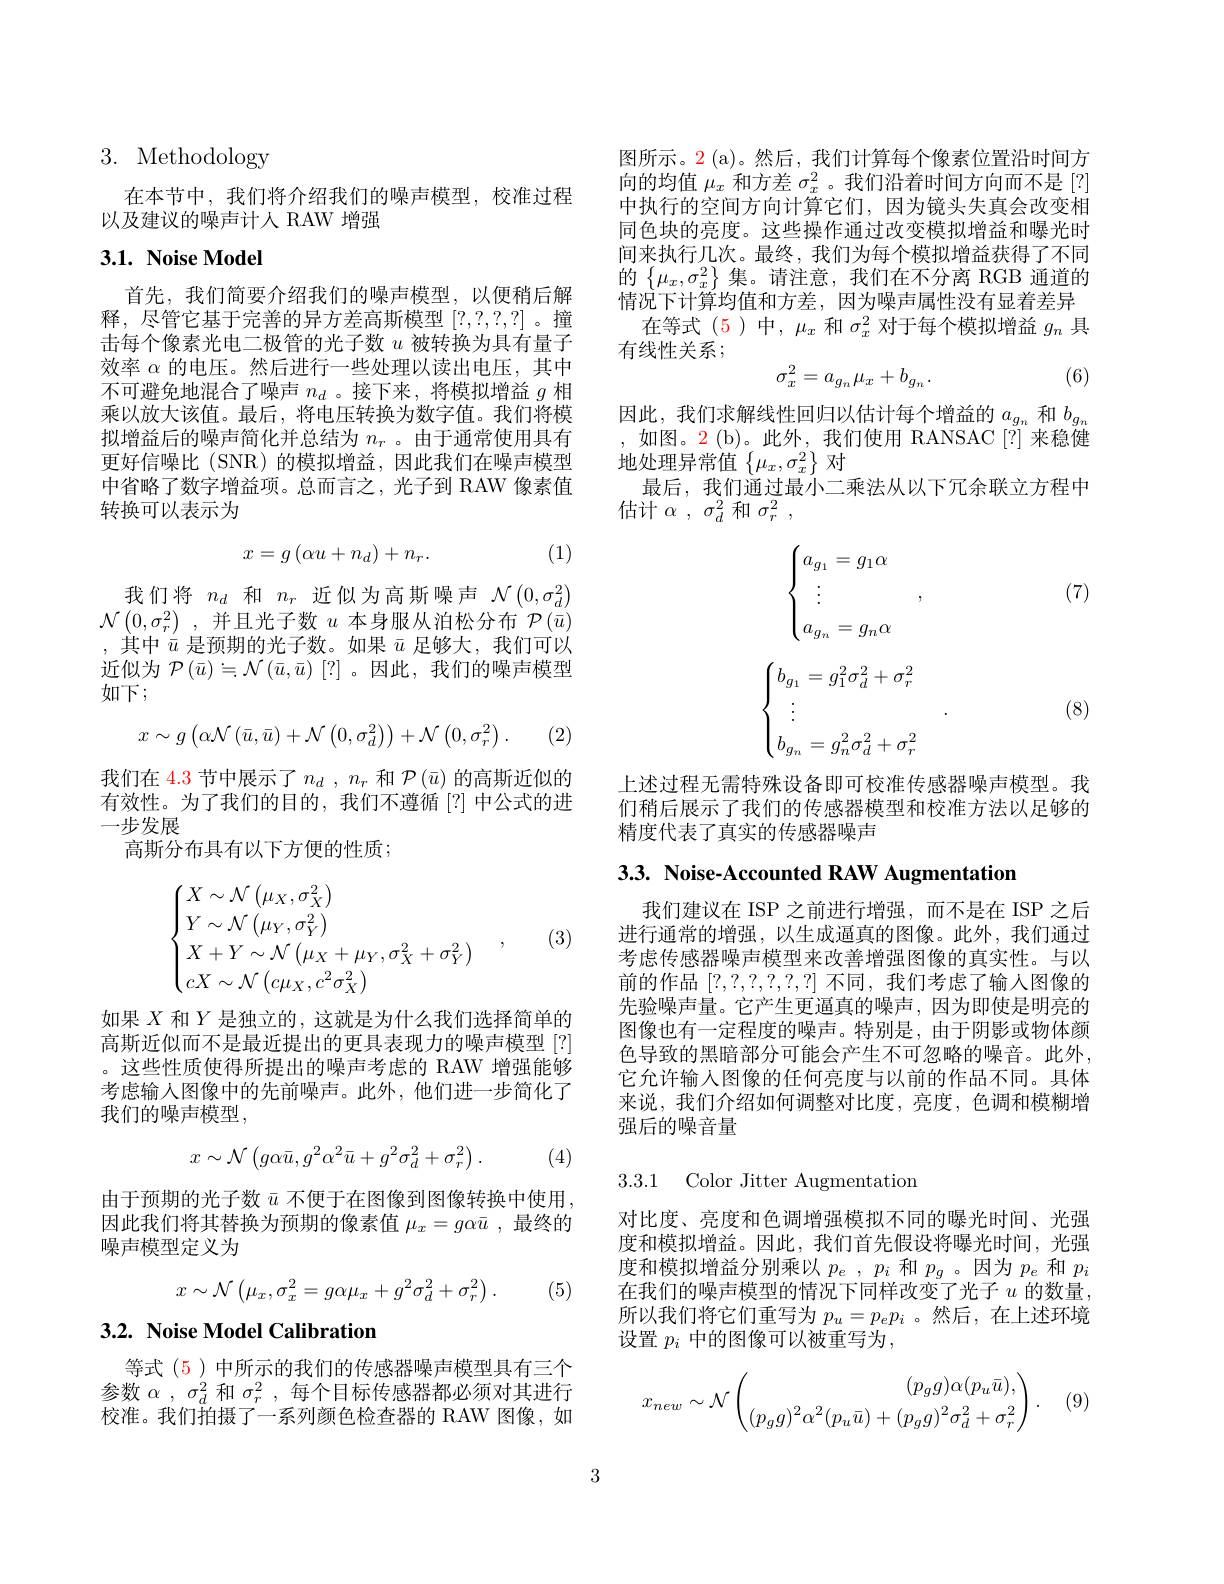
# 3. Methodology

在本节中，我们将介绍我们的噪声模型，校准过程
以及建议的噪声计人 RAW 增强

## 3.1. Noise Model

首先，我们简要介绍我们的噪声模型，以便稍后解释，尽管它基于完善的异方差高斯模型[?,?,?,?] 。撞击每个像素光电二极管的光子数$u$被转换为具有量子效率$\alpha$的电压。然后进行一些处理以读出电压，其中不可避免地混合了噪声$n_d$ 。接下来，将模拟增益$g$相乘以放大该值。最后，将电压转换为数字值。我们将模拟增益后的噪声简化并总结为$n_r$ 。由于通常使用具有更好信噪比 (SNR)的模拟增益，因此我们在噪声模型中省略了数字增益项。总而言之，光子到 RAW 像素值转换可以表示为

(1)
$$x=g\left(\alpha u+n_d\right)+n_r.$$
$\begin{array}{cc}\text{我们将}&n_d&\text{和}&n_r&\text{近似为高斯噪声}&\mathcal{N}\left(0,\sigma_d^2\right)\\\mathcal{N}\left(0,\sigma_r^2\right)&,&\text{并且光子数}u\text{ 本身服从泊松分布}&\mathcal{P}\left(\bar{u}\right)\end{array}$ ,其中$\bar{u}$是预期的光子数。如果$\bar{u}$足够大，我们可以近似为$\mathcal{P}\left(\bar{u}\right)\doteq\mathcal{N}\left(\bar{u},\bar{u}\right)\left[?\right]$。因此，我们的噪声模型如下；
$$x\sim g\left(\alpha\mathcal{N}\left(\bar{u},\bar{u}\right)+\mathcal{N}\left(0,\sigma_d^2\right)\right)+\mathcal{N}\left(0,\sigma_r^2\right).$$
(2)

我们在 4.3 节中展示了$n_d~,~n_r~$和$\mathcal{P}\left(\bar{u}\right)$的高斯近似的有效性。为了我们的目的，我们不遵循[?]中公式的进一步发展
高斯分布具有以下方便的性质；
$$\begin{cases}X\sim\mathcal{N}\left(\mu_X,\sigma_X^2\right)\\Y\sim\mathcal{N}\left(\mu_Y,\sigma_Y^2\right)\\X+Y\sim\mathcal{N}\left(\mu_X+\mu_Y,\sigma_X^2+\sigma_Y^2\right)\\cX\sim\mathcal{N}\left(c\mu_X,c^2\sigma_X^2\right)\end{cases},$$
(3)

如果$X$和$Y$是独立的，这就是为什么我们选择简单的高斯近似而不是最近提出的更具表现力的噪声模型[?] 。这些性质使得所提出的噪声考虑的 RAW 增强能够考虑输入图像中的先前噪声。此外，他们进一步简化了我们的噪声模型，

(4)
$$x\sim\mathcal{N}\left(g\alpha\bar{u},g^2\alpha^2\bar{u}+g^2\sigma_d^2+\sigma_r^2\right).$$
由于预期的光子数$\bar{u}$不便于在图像到图像转换中使用， 因此我们将其替换为预期的像素值$\mu_x=g\alpha\bar{u}$ ,最终的噪声模型定义为
$$x\sim\mathcal{N}\left(\mu_x,\sigma_x^2=g\alpha\mu_x+g^2\sigma_d^2+\sigma_r^2\right).$$
(5)

# 3.2. Noise Model Calibration

等式 (5) 中所示的我们的传感器噪声模型具有三个参数$\alpha$ , $\sigma _d^2$和$\sigma _r^2$ ,每个目标传感器都必须对其进行校准。我们拍摄了一系列颜色检查器的 RAW 图像，如

图所示。2 (a)。然后，我们计算每个像素位置沿时间方向的均值$\mu_x$和方差$\sigma_x^2$。我们沿着时间方向而不是[?] 中执行的空间方向计算它们，因为镜头失真会改变相同色块的亮度。这些操作通过改变模拟增益和曝光时间来执行几次。最终，我们为每个模拟增益获得了不同的$\left\{\mu_x,\sigma_x^2\right\}$集。请注意，我们在不分离 RGB 通道的情况下计算均值和方差，因为噪声属性没有显着差异
在等式 (5)中，$\mu_x$和$\sigma_x^2$对于每个模拟增益$g_n$具
有线性关系；

(6)
$$\sigma_x^2=a_{g_n}\mu_x+b_{g_n}.$$
因此，我们求解线性回归以估计每个增益的$a_{g_n}$和$b_{g_n}$ ,如图。2(b)。此外，我们使用 RANSAC[?] 来稳健地处理异常值$\left\{\mu_x,\sigma_x^2\right\}$对
最后，我们通过最小二乘法从以下冗余联立方程中
估计$\alpha$ , $\sigma _{d}^{2}$和$\sigma _{r}^{2}$ ,

(7)
$$\begin{cases}a_{g_1}=g_1\alpha\\\vdots\\a_{g_n}=g_n\alpha\end{cases},$$
$$\begin{cases}b_{g_1}=g_1^2\sigma_d^2+\sigma_r^2\\\vdots\\b_{g_n}=g_n^2\sigma_d^2+\sigma_r^2\end{cases}.$$
(8)

上述过程无需特殊设备即可校准传感器噪声模型。我们稍后展示了我们的传感器模型和校准方法以足够的精度代表了真实的传感器噪声

3.3. Noise-Accounted RAW Augmentation

我们建议在 ISP 之前进行增强，而不是在 ISP 之后进行通常的增强，以生成逼真的图像。此外，我们通过考虑传感器噪声模型来改善增强图像的真实性。与以前的作品[?,?,?,?,?,?,?]不同，我们考虑了输人图像的先验噪声量。它产生更逼真的噪声，因为即使是明亮的图像也有一定程度的噪声。特别是，由于阴影或物体颜色导致的黑暗部分可能会产生不可忽略的噪音。此外， 它允许输入图像的任何亮度与以前的作品不同。具体来说，我们介绍如何调整对比度，亮度，色调和模糊增强后的噪音量

3.3.1 Color Jitter Augmentation

对比度、亮度和色调增强模拟不同的曝光时间、光强度和模拟增益。因此，我们首先假设将曝光时间，光强度和模拟增益分别乘以$p_e,p_i$和$p_g$ 。因为$p_e$和$p_i$ 在我们的噪声模型的情况下同样改变了光子$u$的数量， 所以我们将它们重写为$p_u=p_ep_i$ 。然后，在上述环境设置 $p_i$ 中的图像可以被重写为，
$$x_{new}\sim\mathcal{N}\begin{pmatrix}(p_gg)\alpha(p_u\bar{u}),\\(p_gg)^2\alpha^2(p_u\bar{u})+(p_gg)^2\sigma_d^2+\sigma_r^2\end{pmatrix}.$$
(9)

3